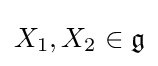
X_{1},X_{2}\in {\mathfrak {g}}